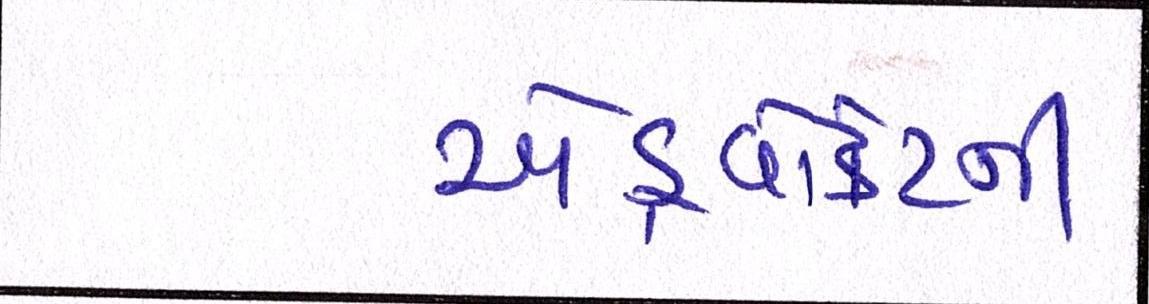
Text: એડ્વોકેટની